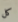
كل